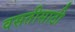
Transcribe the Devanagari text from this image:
वसतीसाठी